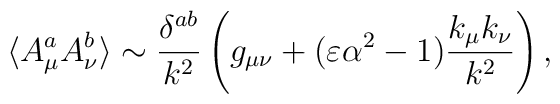
\langle A^a_\mu A^b_\nu \rangle    \sim     {\delta^{ab} \over k^2}                    \left(                         g_{\mu\nu}                         + (\varepsilon \alpha^2 - 1)                         {k_\mu k_\nu \over k^2}                    \right),